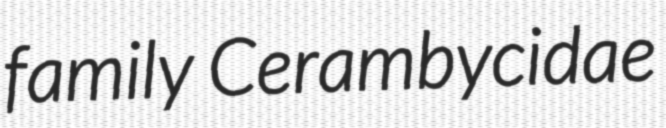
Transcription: family Cerambycidae